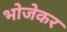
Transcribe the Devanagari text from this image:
भोजेकर